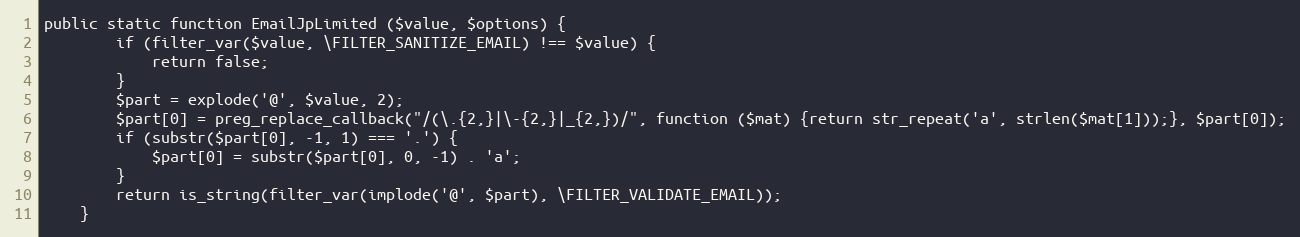
Language: PHP
public static function EmailJpLimited ($value, $options) {
		if (filter_var($value, \FILTER_SANITIZE_EMAIL) !== $value) {
			return false;
		}
		$part = explode('@', $value, 2);
		$part[0] = preg_replace_callback("/(\.{2,}|\-{2,}|_{2,})/", function ($mat) {return str_repeat('a', strlen($mat[1]));}, $part[0]);
		if (substr($part[0], -1, 1) === '.') {
			$part[0] = substr($part[0], 0, -1) . 'a';
		}
		return is_string(filter_var(implode('@', $part), \FILTER_VALIDATE_EMAIL));
	}